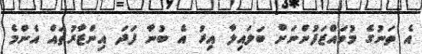
އެ ތަނުގެ މުވައްޒަފުންނަށް ބަލައިލާ އިރު އެ ބުނާ ފަދަ އިންޒާރުތައް އެންމެ